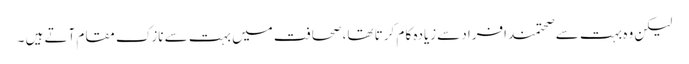
لیکن وہ بہت سے صحتمند افراد سےزیادہ کا م کرتا تھا، صحافت میں بہت سے نازک مقام آتے ہیں ۔